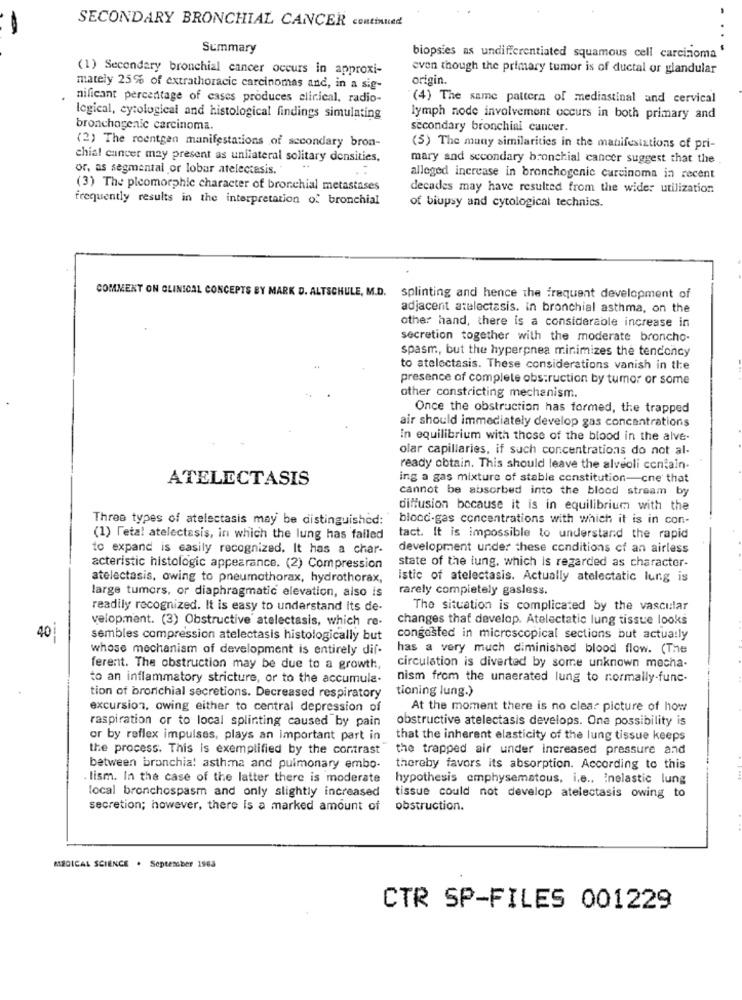
SECONDARY BRONCHIAL CANCER continued
Summary
biopsies as undifferentiated squamous cell carcinoma
(1) Secondary bronchial cancer occurs in approxi-
even though the primary tumor is of ductal or glandular
origin.
mately 25% of extrathoracic carcinomas and, in a sig-
nificant percentage of cases produces clinical, radio-
(4) The same pattern of mediastinal and cervical
logical, cytological and histological findings simulating
lymph node involvement occurs in both primary and
bronchogenie carcinoma.
secondary bronchial cancer.
(2) The roentgen manifestations of secondary bron-
(5) The many similarities in the manifestations of pri-
chial cancer may present as unilateral solitary densities,
mary and secondary bronchial cancer suggest that the
or, as segmental or lobar atelectasis.
alleged increase in bronchogenic carcinoma in recent
(3) The pleomorphic character of bronchial metastases
decades may have resulted from the wider utilization
frequently results in the interpretation of bronchial
of biupsy and cytological technics.
COMMENT ON CLINICAL CONCEPTS BY MARK D. ALTSCHULE, M.D.
splinting and hence the frequent development of
adjacent atelectasis. in bronchial asthma, on the
other hand, there is a considerable increase in
secretion together with the moderate broncho-
spasm, but the hyperpnea minimizes the tenconcy
to atelectasis. These considerations vanish in the
presence of complete obstruction by tumor or some
other constricting mechanism.
Once the obstruction has formed, the trapped
air should immediately develop gas concentrations
In equilibrium with those of the blood in the alve-
olar capillaries, if such concentrations do not al-
ready obtain. This should leave the alveoli contain-
ATELECTASIS
ing a gas mixture of stable constitution-cne that
cannot be absorbed into the blood stream by
diffusion because it is in equilibrium with the
Three types of atelectasis may be distinguished:
blocd-gas concentrations with which it is in con-
(1) feta! atelectasis, in which the lung has failed
tact. It is impossible to understand the rapid
to expand is easily recognized. It has a char-
development under these conditions of an airless
state of the lung, which is regarded as character-
acteristic histologic appearance. (2) Compression
atelectasis, owing to pneumothorax, hydrothorax,
istic of atelectasis. Actually atelectatic lung is
large tumors, or diaphragmatic elevation, also is
rarely completely gasless.
readily recognized. It is easy to understand its de-
The situation is complicated by the vascular
velopment. (3) Obstructive atelectasis, which re-
changes that develop. Atelectatic lung tissue looks
40
sembles compression atelectasis histologically but
congested in microscopical sections but actually
whose mechanism of development is entirely dif-
has a very much diminished blood flow. (The
ferent. The obstruction may be due to a growth,
circulation is diverted by some unknown mecha.
to an inflammatory stricture, or to the accumula-
nism from the unaerated lung to normally-func-
tioning lung.)
tion of bronchial secretions. Decreased respiratory
excursion, owing either to central depression of
At the moment there is no clear picture of how
raspiration or to local splinting caused by pain
obstructive atelectasis develops. Ona possibility is
or by reflex impulses, plays an important part in
that the inherent elasticity of the lung tissue keeps
the process. This is exemplified by the contrast
the trapped air under increased pressure and
between bronchia! asthma and pulmonary embo-
thereby favors its absorption. According to this
.lism. In the case of the latter there is moderate
hypothesis emphysematous, i.e ., Inelastic lung
local bronchospasm and only slightly increased
tissue could not develop atelectasis owing to
secretion; however, there Is a marked amount of
obstruction.
MEDICAL SCIENCE . September 1965
CTR SP-FILES 001229